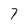
Character: 7